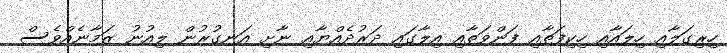
ހިރިގަލާއި ހިލައާއި ހިކިފަތާއި ފަންވަތާއި އިލާގައި ދަރުދެއްޔާއި ނާށި އަނގުރުން ލިއުނު ޒަމާނެއްވެސް